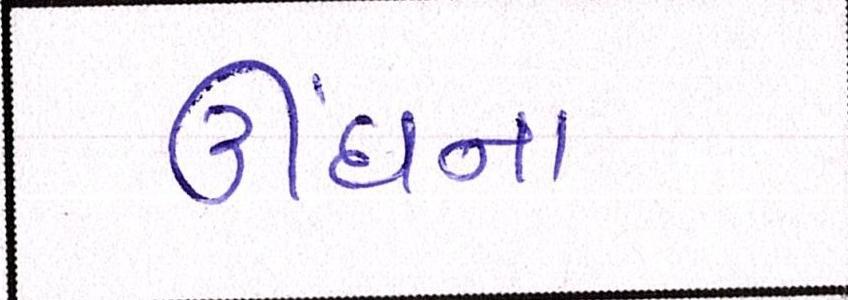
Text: ઊંઘના